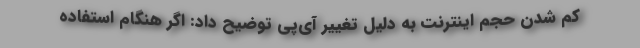
کم شدن حجم اینترنت به دلیل تغییر آی‌پی توضیح داد: اگر هنگام استفاده